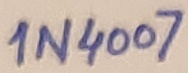
Text: 1N4007